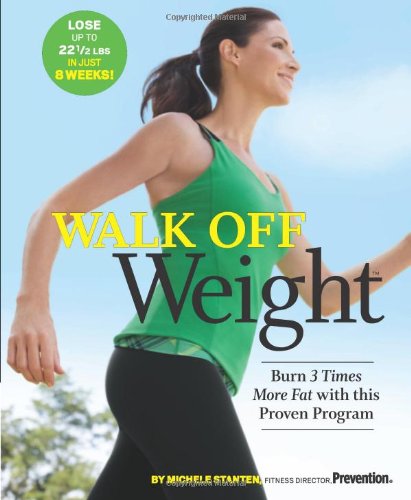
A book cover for Walk Off Weight: Burn 3 Times More Fat with This Proven Program; Michele Stanten; Health, Fitness & Dieting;